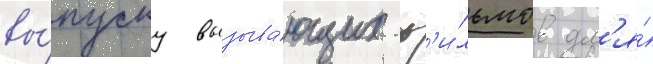
вы́пуску вызыва́ющих ф'и́льмов дл'я́